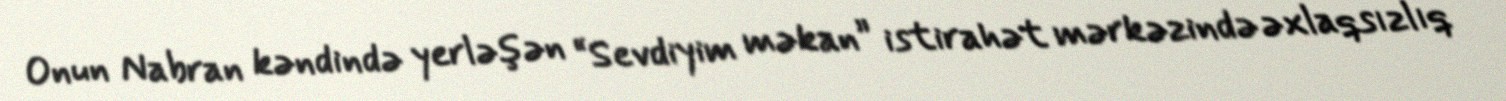
Onun Nabran kəndində yerləşən “Sevdiyim məkan” istirahət mərkəzində əxlaqsızlıq